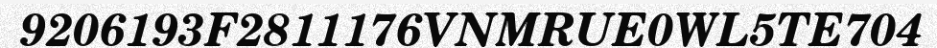
9206193F2811176VNMRUE0WL5TE704